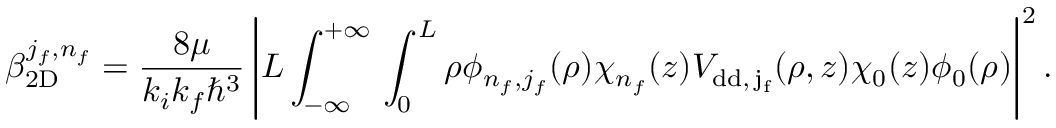
\beta _ { \mathrm { 2 D } } ^ { j _ { f } , n _ { f } } = \frac { 8 \mu } { k _ { i } k _ { f } \hbar ^ { 3 } } \left\vert L \int _ { - \infty } ^ { + \infty } \d z \int _ { 0 } ^ { L } \d \rho \phi _ { n _ { f } , j _ { f } } ( \rho ) \chi _ { n _ { f } } ( z ) V _ { \mathrm { { d d } , \, j _ { f } } } ( \rho , z ) \chi _ { 0 } ( z ) \phi _ { 0 } ( \rho ) \right\vert ^ { 2 } .